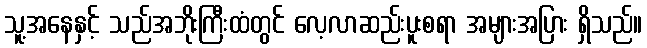
သူ့အနေနှင့် သည်အဘိုးကြီးထံတွင် လေ့လာဆည်းပူးစရာ အများအပြား ရှိသည်။